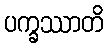
ပက္ခဿာတိ